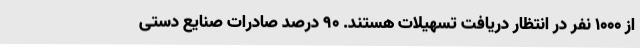
از 1000 نفر در انتظار دریافت تسهیلات هستند. 90 درصد صادرات صنایع دستی